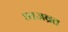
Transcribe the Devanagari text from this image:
ध्वजव्रत